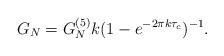
LaTeX: \begin{align*}G_{N}=G^{(5)}_{N}k(1-e^{-2\pi k\tau_{c}})^{-1}.\end{align*}